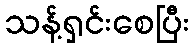
သန့်ရှင်းစေပြီး